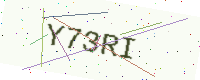
Text: Y73RI